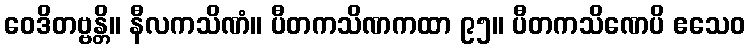
ဝေဒိတဗ္ဗန္တိ။ နီလကသိဏံ။ ပီတကသိဏကထာ ၉၅။ ပီတကသိဏေပိ ဧသေဝ